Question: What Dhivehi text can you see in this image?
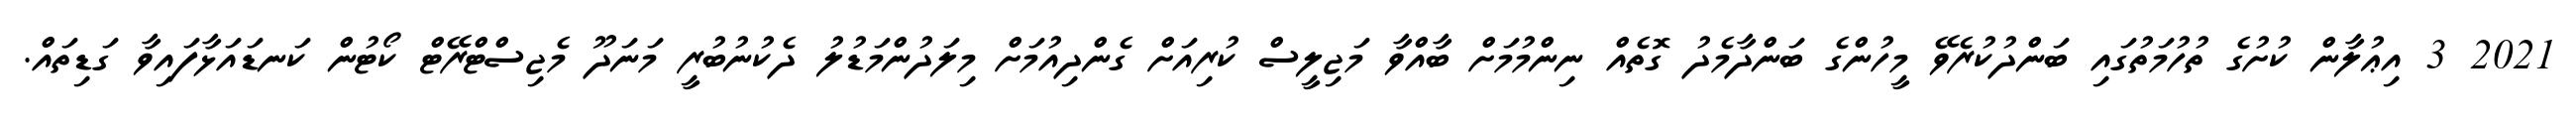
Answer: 2021 3 އިޢުލާން ކުށުގެ ތުހުމަތުގައި ބަންދުކުރެވޭ މީހުންގެ ބަންދާމެދު ގޮތެއް ނިންމުމަށް ބާއްވާ މަޖިލީސް ކުރިއަށް ގެންދިއުމަށް މިލަދުންމަޑުލު ދެކުނުބުރީ މަނަދޫ މެޖިސްޓްރޭޓް ކޯޓުން ކަނޑައަޅާފައިވާ ގަޑިތައް.